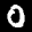
Label: 0